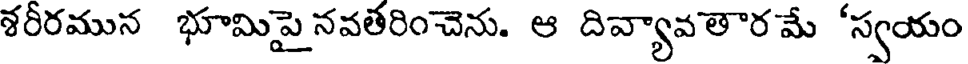
శరీరమున భూమిపై నవతరించెను. ఆ దివ్యావతార మే 'స్వయం